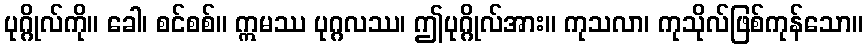
ပုဂ္ဂိုလ်ကို။ ခေါ၊ စင်စစ်။ ဣမဿ ပုဂ္ဂလဿ၊ ဤပုဂ္ဂိုလ်အား။ ကုသလာ၊ ကုသိုလ်ဖြစ်ကုန်သော။